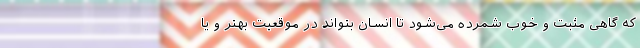
که گاهی مثبت و خوب شمرده می‌شود تا انسان بتواند در موقعیت بهتر و یا